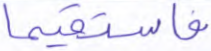
فاستقيما